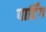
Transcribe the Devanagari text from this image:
पार्टिंग